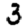
Digit: 3